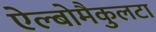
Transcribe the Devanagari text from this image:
ऐल्बोमैकुलटा